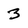
Character: 3